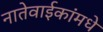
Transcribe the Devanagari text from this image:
नातेवाईकांमधे